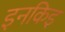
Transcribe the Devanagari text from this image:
इनकिइ